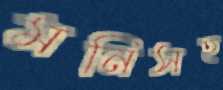
মনিসহ